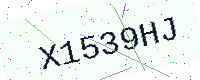
Text: X1539HJ